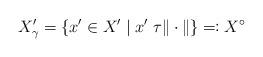
LaTeX: \begin{align*}X_{\gamma}'=\{x'\in X'\;|\;x'\;\tau \|\cdot\|\}\eqqcolon X^{\circ}\end{align*}